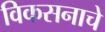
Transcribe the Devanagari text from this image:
विकसनाचे